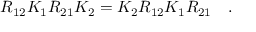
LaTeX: R _ { 1 2 } K _ { 1 } R _ { 2 1 } K _ { 2 } = K _ { 2 } R _ { 1 2 } K _ { 1 } R _ { 2 1 } \quad .